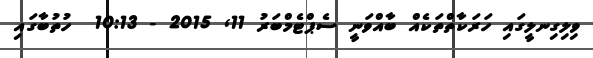
ވިލިގިނލީގައި ހަރަކާތްތަކެއް ބާއްވަނީ ސެޕްޓެމްބަރު 11